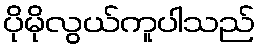
ပိုမိုလွယ်ကူပါသည်